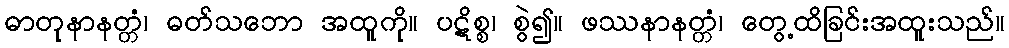
ဓာတုနာနတ္တံ၊ ဓတ်သဘော အထူကို။ ပဋိစ္စ၊ စွဲ၍။ ဖဿနာနတ္တံ၊ တွေ့ထိခြင်းအထူးသည်။